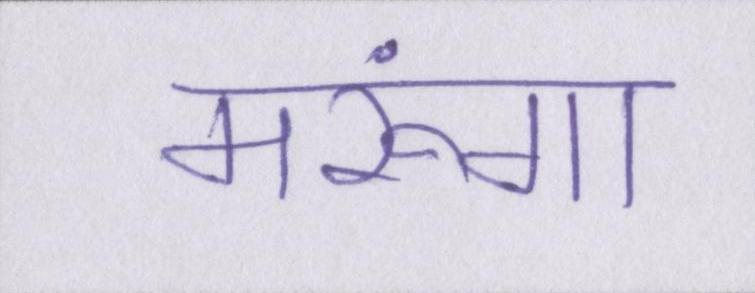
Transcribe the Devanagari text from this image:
मरूंगा